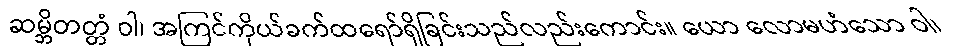
ဆမ္ဘိတတ္တံ ဝါ၊ အကြင်ကိုယ်ခက်ထရော်ရှိခြင်းသည်လည်းကောင်း။ ယော လောမဟံသော ဝါ၊